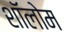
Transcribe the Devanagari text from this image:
शॉलोम